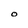
Character: O